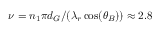
\nu = n _ { 1 } \pi d _ { G } / ( \lambda _ { r } \cos ( \theta _ { B } ) ) \approx 2 . 8